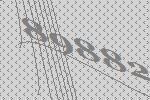
89882